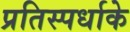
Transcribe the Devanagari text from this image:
प्रतिस्पर्धाके